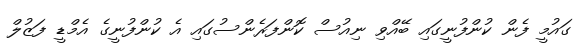
ގައުމީ ފެން ކުންފުނީގައި ބޭއްވި ނިއުސް ކޮންފަރެންސުގައި އެ ކުންފުނީގެ އެމްޑީ ފަޒުލް